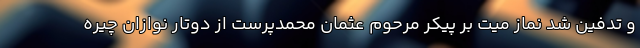
و تدفین شد نماز میت بر پیکر مرحوم عثمان محمدپرست از دوتار نوازان چیره